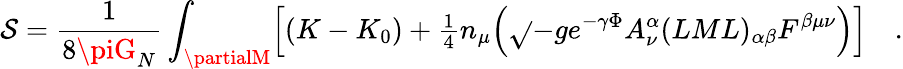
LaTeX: \mathcal{S}=\frac{{1}}{{8\piG_{N}}}\int_{\partialM}\Bigl[(K-K_{0})+{\textstyle{\frac{{1}}{{4}}}}n_{\mu}\Bigl(\sqrt{}{{-g}}e^{-\gamma\Phi}A_{\nu}^{\alpha}(LML)_{\alpha\beta}F^{\beta\mu\nu}\Bigr)\Bigr]\quad.